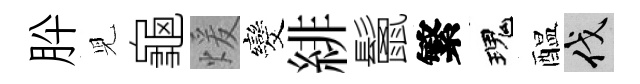
肸児龜煖发緋鬛繁瑰醖伐